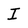
Character: I